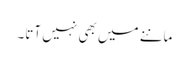
ماننے میں بھی نہیں آتا۔